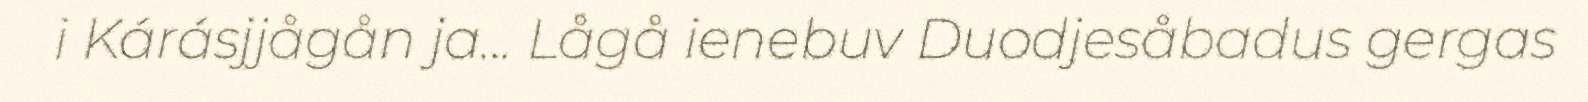
i Kárásjjågån ja... Lågå ienebuv Duodjesåbadus gergas